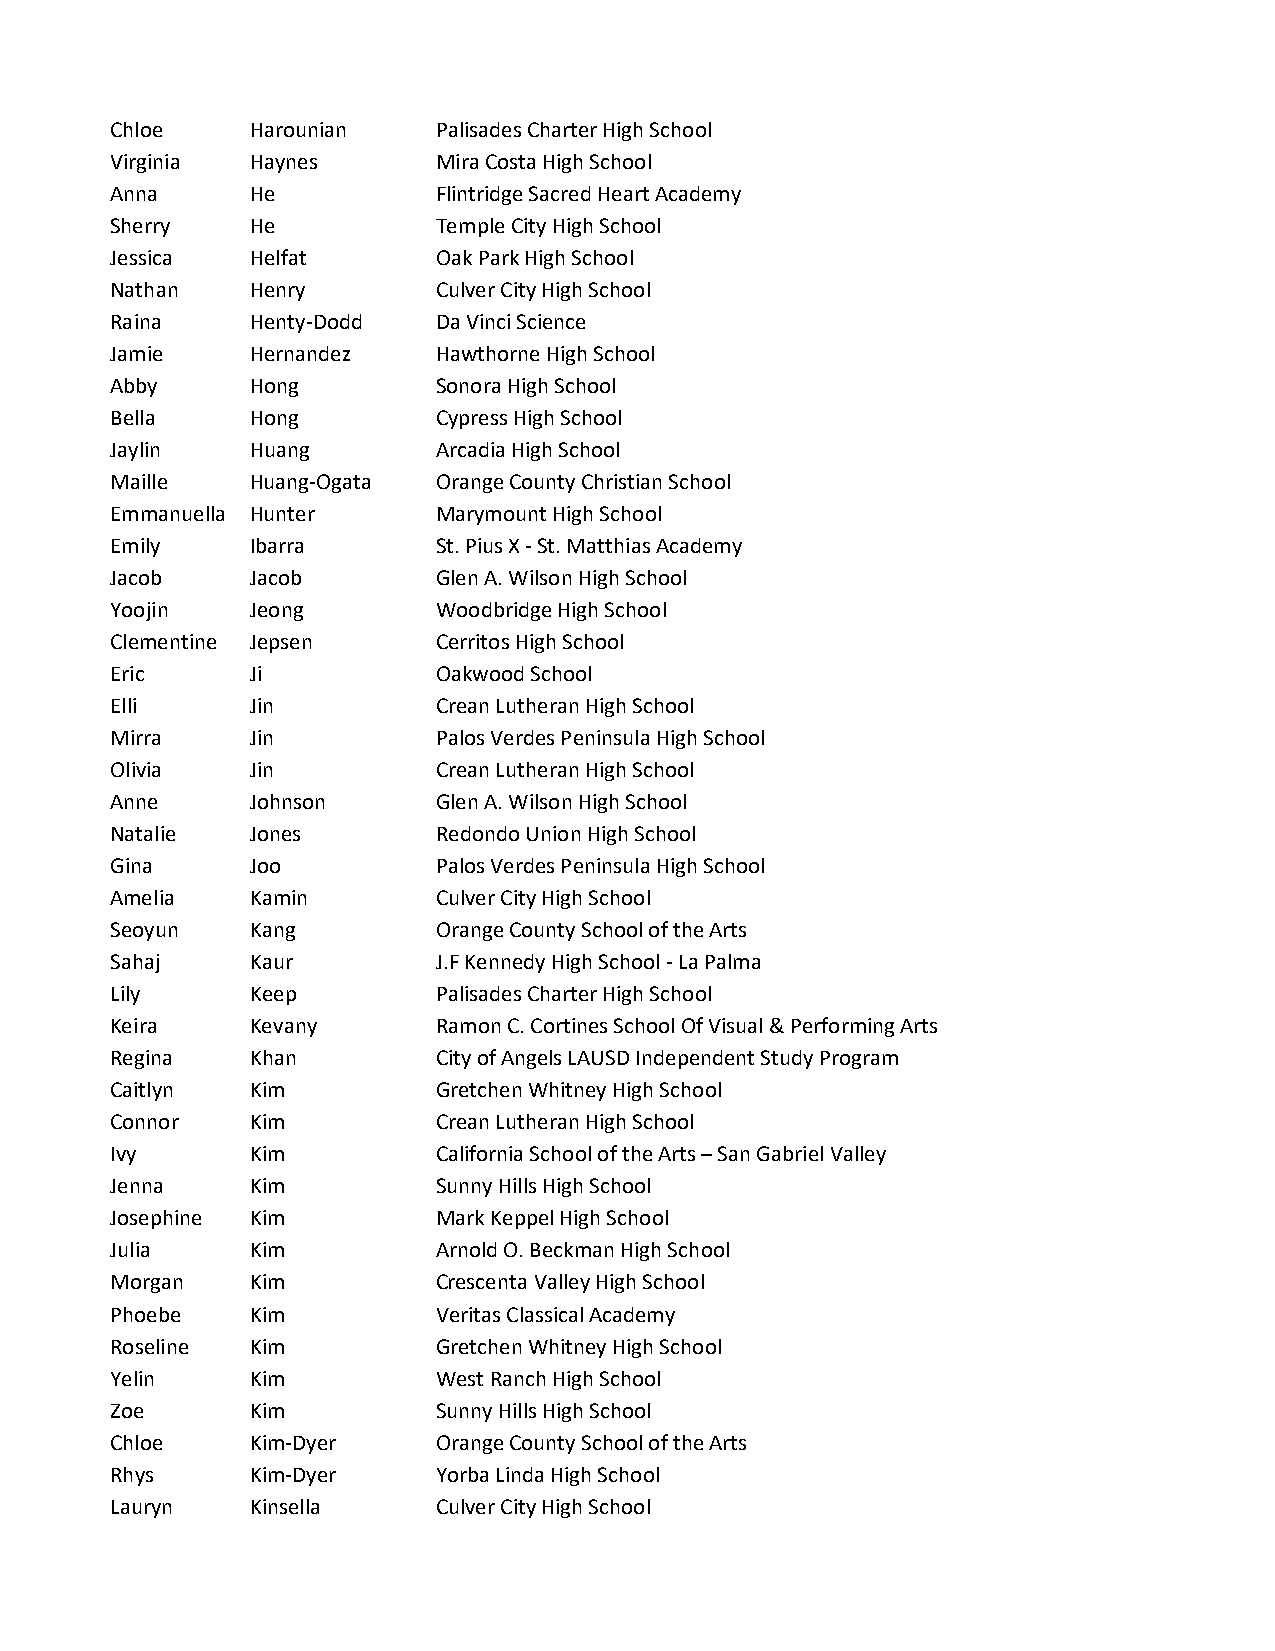
Chloe     Harounian   Palisades Charter High School
 Virginia  Haynes      Mira Costa High School
 Anna      He          Flintridge Sacred Heart Academy
 Sherry    He          Temple City High School
 Jessica   Helfat      Oak Park High School
 Nathan    Henry       Culver City High School
 Raina     Henty-Dodd  Da Vinci Science
 Jamie     Hernandez   Hawthorne High School
 Abby      Hong        Sonora High School
 Bella     Hong        Cypress High School
 Jaylin    Huang       Arcadia High School
 Maille    Huang-Ogata Orange County Christian School
 Emmanuella Hunter     Marymount High School
 Emily     Ibarra      St. Pius X - St. Matthias Academy
 Jacob     Jacob       Glen A. Wilson High School
 Yoojin    Jeong       Woodbridge High School
 Clementine Jepsen     Cerritos High School
 Eric      Ji          Oakwood School
 Elli      Jin         Crean Lutheran High School
 Mirra     Jin         Palos Verdes Peninsula High School
 Olivia    Jin         Crean Lutheran High School
 Anne      Johnson     Glen A. Wilson High School
 Natalie   Jones       Redondo Union High School
 Gina      Joo         Palos Verdes Peninsula High School
 Amelia    Kamin       Culver City High School
 Seoyun    Kang        Orange County School of the Arts
 Sahaj     Kaur        J.F Kennedy High School - La Palma
 Lily      Keep        Palisades Charter High School
 Keira     Kevany      Ramon C. Cortines School Of Visual & Performing Arts
 Regina    Khan        City of Angels LAUSD Independent Study Program
 Caitlyn   Kim         Gretchen Whitney High School
 Connor    Kim         Crean Lutheran High School
 Ivy       Kim         California School of the Arts – San Gabriel Valley
 Jenna     Kim         Sunny Hills High School
 Josephine Kim         Mark Keppel High School
 Julia     Kim         Arnold O. Beckman High School
 Morgan    Kim         Crescenta Valley High School
 Phoebe    Kim         Veritas Classical Academy
 Roseline  Kim         Gretchen Whitney High School
 Yelin     Kim         West Ranch High School
 Zoe       Kim         Sunny Hills High School
 Chloe     Kim-Dyer    Orange County School of the Arts
 Rhys      Kim-Dyer    Yorba Linda High School
 Lauryn    Kinsella    Culver City High School